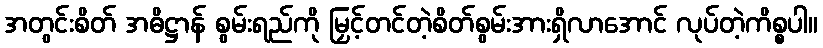
အတွင်းစိတ် အဓိဋ္ဌာန် စွမ်းရည်ကို မြှင့်တင်တဲ့စိတ်စွမ်းအားရှိလာအောင် လုပ်တဲ့ကိစ္စပါ။